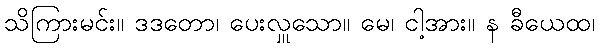
သိကြားမင်း။ ဒဒတော၊ ပေးလှူသော။ မေ၊ ငါ့အား။ န ခီယေထ၊